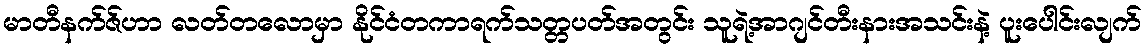
မာတီနက်ဇ်ဟာ လတ်တလောမှာ နိုင်ငံတကာရက်သတ္တပတ်အတွင်း သူရဲ့အာဂျင်တီးနားအသင်းနဲ့ ပူးပေါင်းလျက်